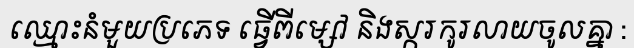
ឈ្មោះនំមួយប្រភេទ ធ្វើពីម្សៅ និងស្ករកូរលាយចូលគ្នា :